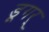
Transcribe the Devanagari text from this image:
डूगर्